Report on the treatment of epidemic cholera: from information collected by the governments of Bengal, Madras, Bombay, N.W. Provinces, Punjab, Oudh, and Central India, by order of the Government of India
Disease focus: Cholera
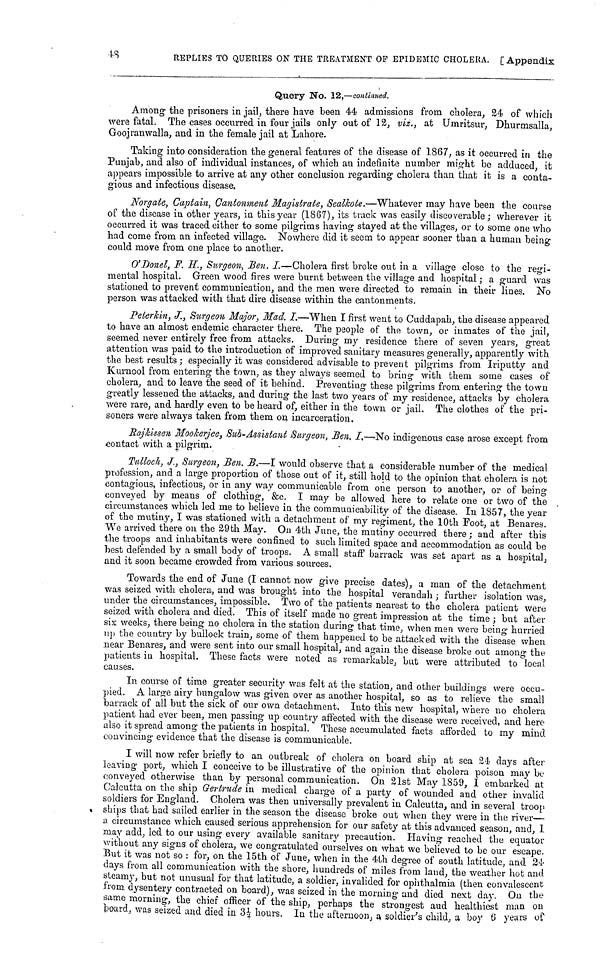
48
REPLIES TO QUERIES ON THE TREATMENT OF EPIDEMIC CHOLERA. [Appendix
Query No. 12,—continued.
Among the prisoners in jail, there have been 44 admissions from cholera, 24 of which
were fatal. The cases occurred in four jails only out of 12, viz., at Umritsur, Dhurmsalla,
Goojranwalla, and in the female jail at Lahore.
Taking into consideration the general features of the disease of 1867, as it occurred in the
Punjab, and also of individual instances, of which an indefinite number might be adduced, it
appears impossible to arrive at any other conclusion regarding cholera than that it is a conta-
gious and infectious disease.
Norgate, Captain, Cantonment Magistrate, Sealkote.—Whatever may have been the course
of the disease in other years, in this year (1867), its track was easily discoverable; wherever it
occurred it was traced either to some pilgrims having stayed at the villages, or to some one who
had come from an infected village. Nowhere did it seem to appear sooner than a human being
could move from one place to another.
O'Donel, F. H., Surgeon, Ben. I.—Cholera first broke out in a village close to the regi-
mental hospital. Green wood fires were burnt between the village and hospital ; a guard was
stationed to prevent communication, and the men were directed to remain in their lines. No
person was attacked with that dire disease within the cantonments.
Peterkin, J., Surgeon Major, Mad. I.—When I first went to Cuddapah, the disease appeared
to have an almost endemic character there. The people of the town, or inmates of the jail,
seemed never entirely free from attacks. During my residence there of seven years, great
attention was paid to the introduction of improved sanitary measures generally, apparently with
the best results ; especially it was considered advisable to prevent pilgrims from Iriputty and
Kurnool from entering the town, as they always seemed to bring with them some cases of
cholera, and to leave the seed of it behind. Preventing these pilgrims from entering the town
greatly lessened the attacks, and during the last two years of my residence, attacks by cholera
were rare, and hardly even to be heard of, either in the town or jail. The clothes of the pri-
soners were always taken from them on incarceration.
Rajkissen Mookerjee, Sub-Assistant Surgeon, Ben. I,—No indigenous case arose except from
contact with a pilgrim.
Tulloch, J., Surgeon, Ben. B.—I would observe that a considerable number of the medical
profession, and a large proportion of those out of it, still hold to the opinion that cholera is not
contagious, infectious, or in any way communicable from one person to another, or of being-
conveyed by means of clothing, &c. I may be allowed here to relate one or two of the
circumstances which led me to believe in the commuuicability of the disease. In 1857, the year
of the mutiny, I was stationed with a detachment of my regiment, the 10th Foot, at Benares.
We arrived there 011 the 29th May. On 4th June, the mutiny occurred there ; and after this
the troops and inhabitants were confined to such limited space and accommodation as could be
best defended by a small body of troops. A small staff barrack was set apart as a hospital,
and it soon became crowded from various sources.
Towards the end of June (I cannot now give precise dates), a man of the detachment
was seized with cholera, and was brought into the hospital verandah ; further isolation was,
under the circumstances, impossible. Two of the patients nearest to the cholera patient were
seized with cholera and died. This of itself made no great impression at the time ; but after
six weeks, there being no cholera in the station during that time, when men were being hurried
up the country by bullock train, some of them happened to be attacked with the disease when
near Benares, and were sent into our small hospital, and again the disease broke out among the
patients in hospital. These facts were noted as remarkable, but were attributed to local
causes.
In course of time greater security was felt at the station, and other buildings were occu-
pied. A large airy bungalow was given over as another hospital, so as to relieve the small
barrack of all but the sick of our own detachment. Into this new hospital, where no cholera
patient had ever been, men passing up country affected with the disease were received, and here
also it spread among the patients in hospital. These accumulated facts afforded to my mind
convincing evidence that the disease is communicable.
I will now refer briefly to an outbreak of cholera on board ship at sea 24 days after
leaving port, which I conceive to be illustrative of the opinion that cholera poison may be
conveyed otherwise than by personal communication. On 21st May 1859, I embarked at
Calcutta on the ship Gertrude in medical charge of a party of wounded and other invalid
soldiers for England. Cholera was then universally prevalent in Calcutta, and in several troop
ships that had sailed earlier in the season the disease broke out when they were in the river—
a circumstance which caused serious apprehension for our safety at this advanced season, and, I
may add, led to our using every available sanitary precaution. Having reached the equator
without any signs of cholera, we congratulated ourselves on what we believed to be our escape.
But it was not so : for, on the 15th of June, when in the 4th degree of south latitude, and 24·
days from all communication with the shore, hundreds of miles from land, the weather hot and
steamy, but not unusual for that latitude, a soldier, invalided for ophthalmia (then convalescent
from dysentery contracted on board), was seized in the morning and died next day. On the
same morning, the chief officer of the ship, perhaps the strongest aud healthiest man on
board, was seized and died in 3½ hours. In the afternoon, a soldier's child, a boy 6 years of